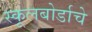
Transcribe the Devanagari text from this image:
स्कूलबोर्डाचे